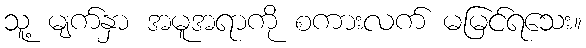
သူ့ မျက်နှာ အမူအရာကို စကားလက် မမြင်ရသေး။